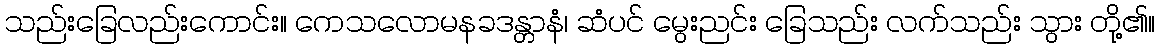
သည်းခြေလည်းကောင်း။ ကေသလောမနခဒန္တာနံ၊ ဆံပင် မွေးညင်း ခြေသည်း လက်သည်း သွား တို့၏။